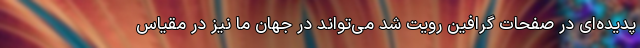
پدیده‌ای در صفحات گرافین رویت شد می‌تواند در جهان ما نیز در مقیاس